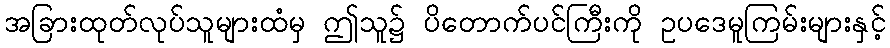
အခြားထုတ်လုပ်သူများထံမှ ဤသူ၌ ပိတောက်ပင်ကြီးကို ဥပဒေမူကြမ်းများနှင့်